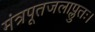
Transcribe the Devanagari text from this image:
मंत्रपूतजलाप्लुतः।